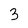
Character: 3